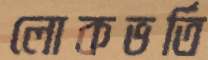
লোকভর্তি